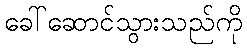
ခေါ်ဆောင်သွားသည်ကို